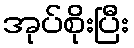
အုပ်စိုးပြီး